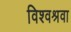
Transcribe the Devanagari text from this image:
विश्वश्रवा